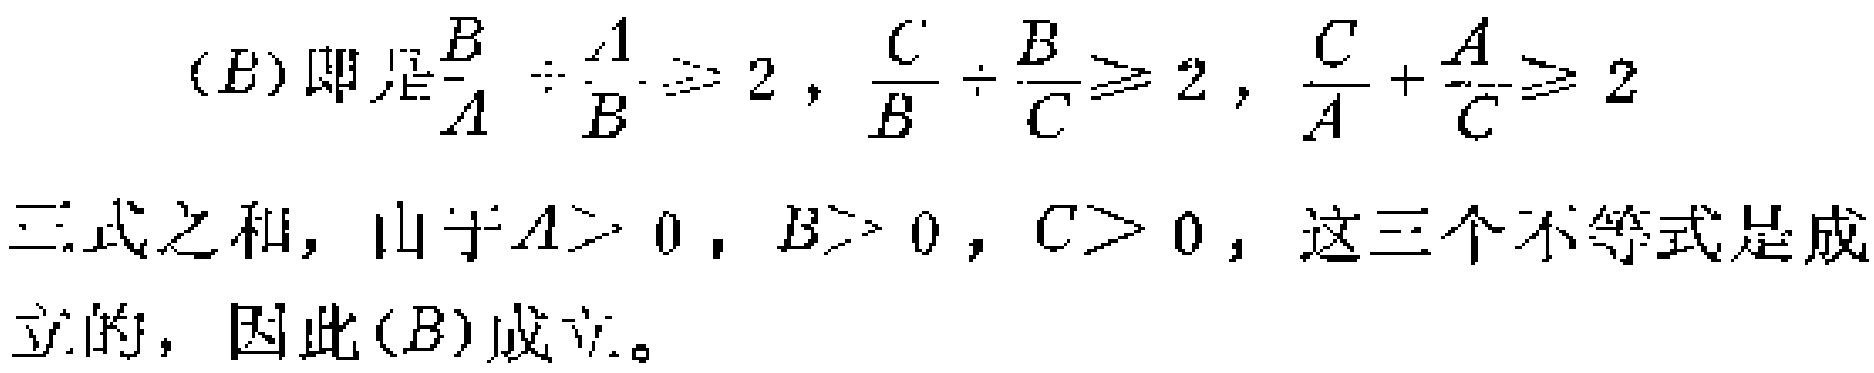
(B) 即是$\frac{B}{A}\div\frac{A}{B}\geqslant 2,\frac{C}{B}\div\frac{B}{C}\geqslant 2,\frac{C}{A}+\frac{A}{C}\geqslant 2$

三式之和，由于$A > 0, B > 0, C > 0$，这三个不等式是成立的，因此 (B) 成立。